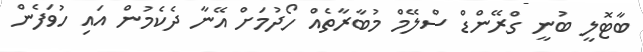
ބާޓޮލީ ބުނީ ގްރޭންޑް ސްލޭމް މުބާރާތެއް ހޯދުމަށް އޭނާ ދެކެމުން އައި ހުވަފެން